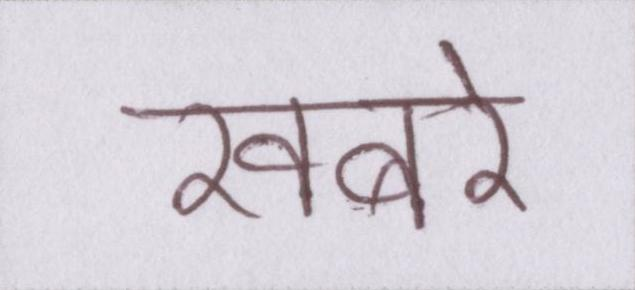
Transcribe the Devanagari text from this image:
खबरे